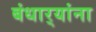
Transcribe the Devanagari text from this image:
बंधार्‍यांना